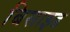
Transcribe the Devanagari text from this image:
बिसाइड